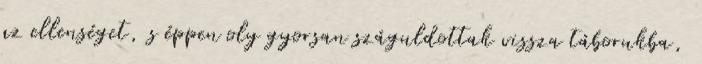
az ellenséget, s éppen oly gyorsan száguldottak vissza táborukba,